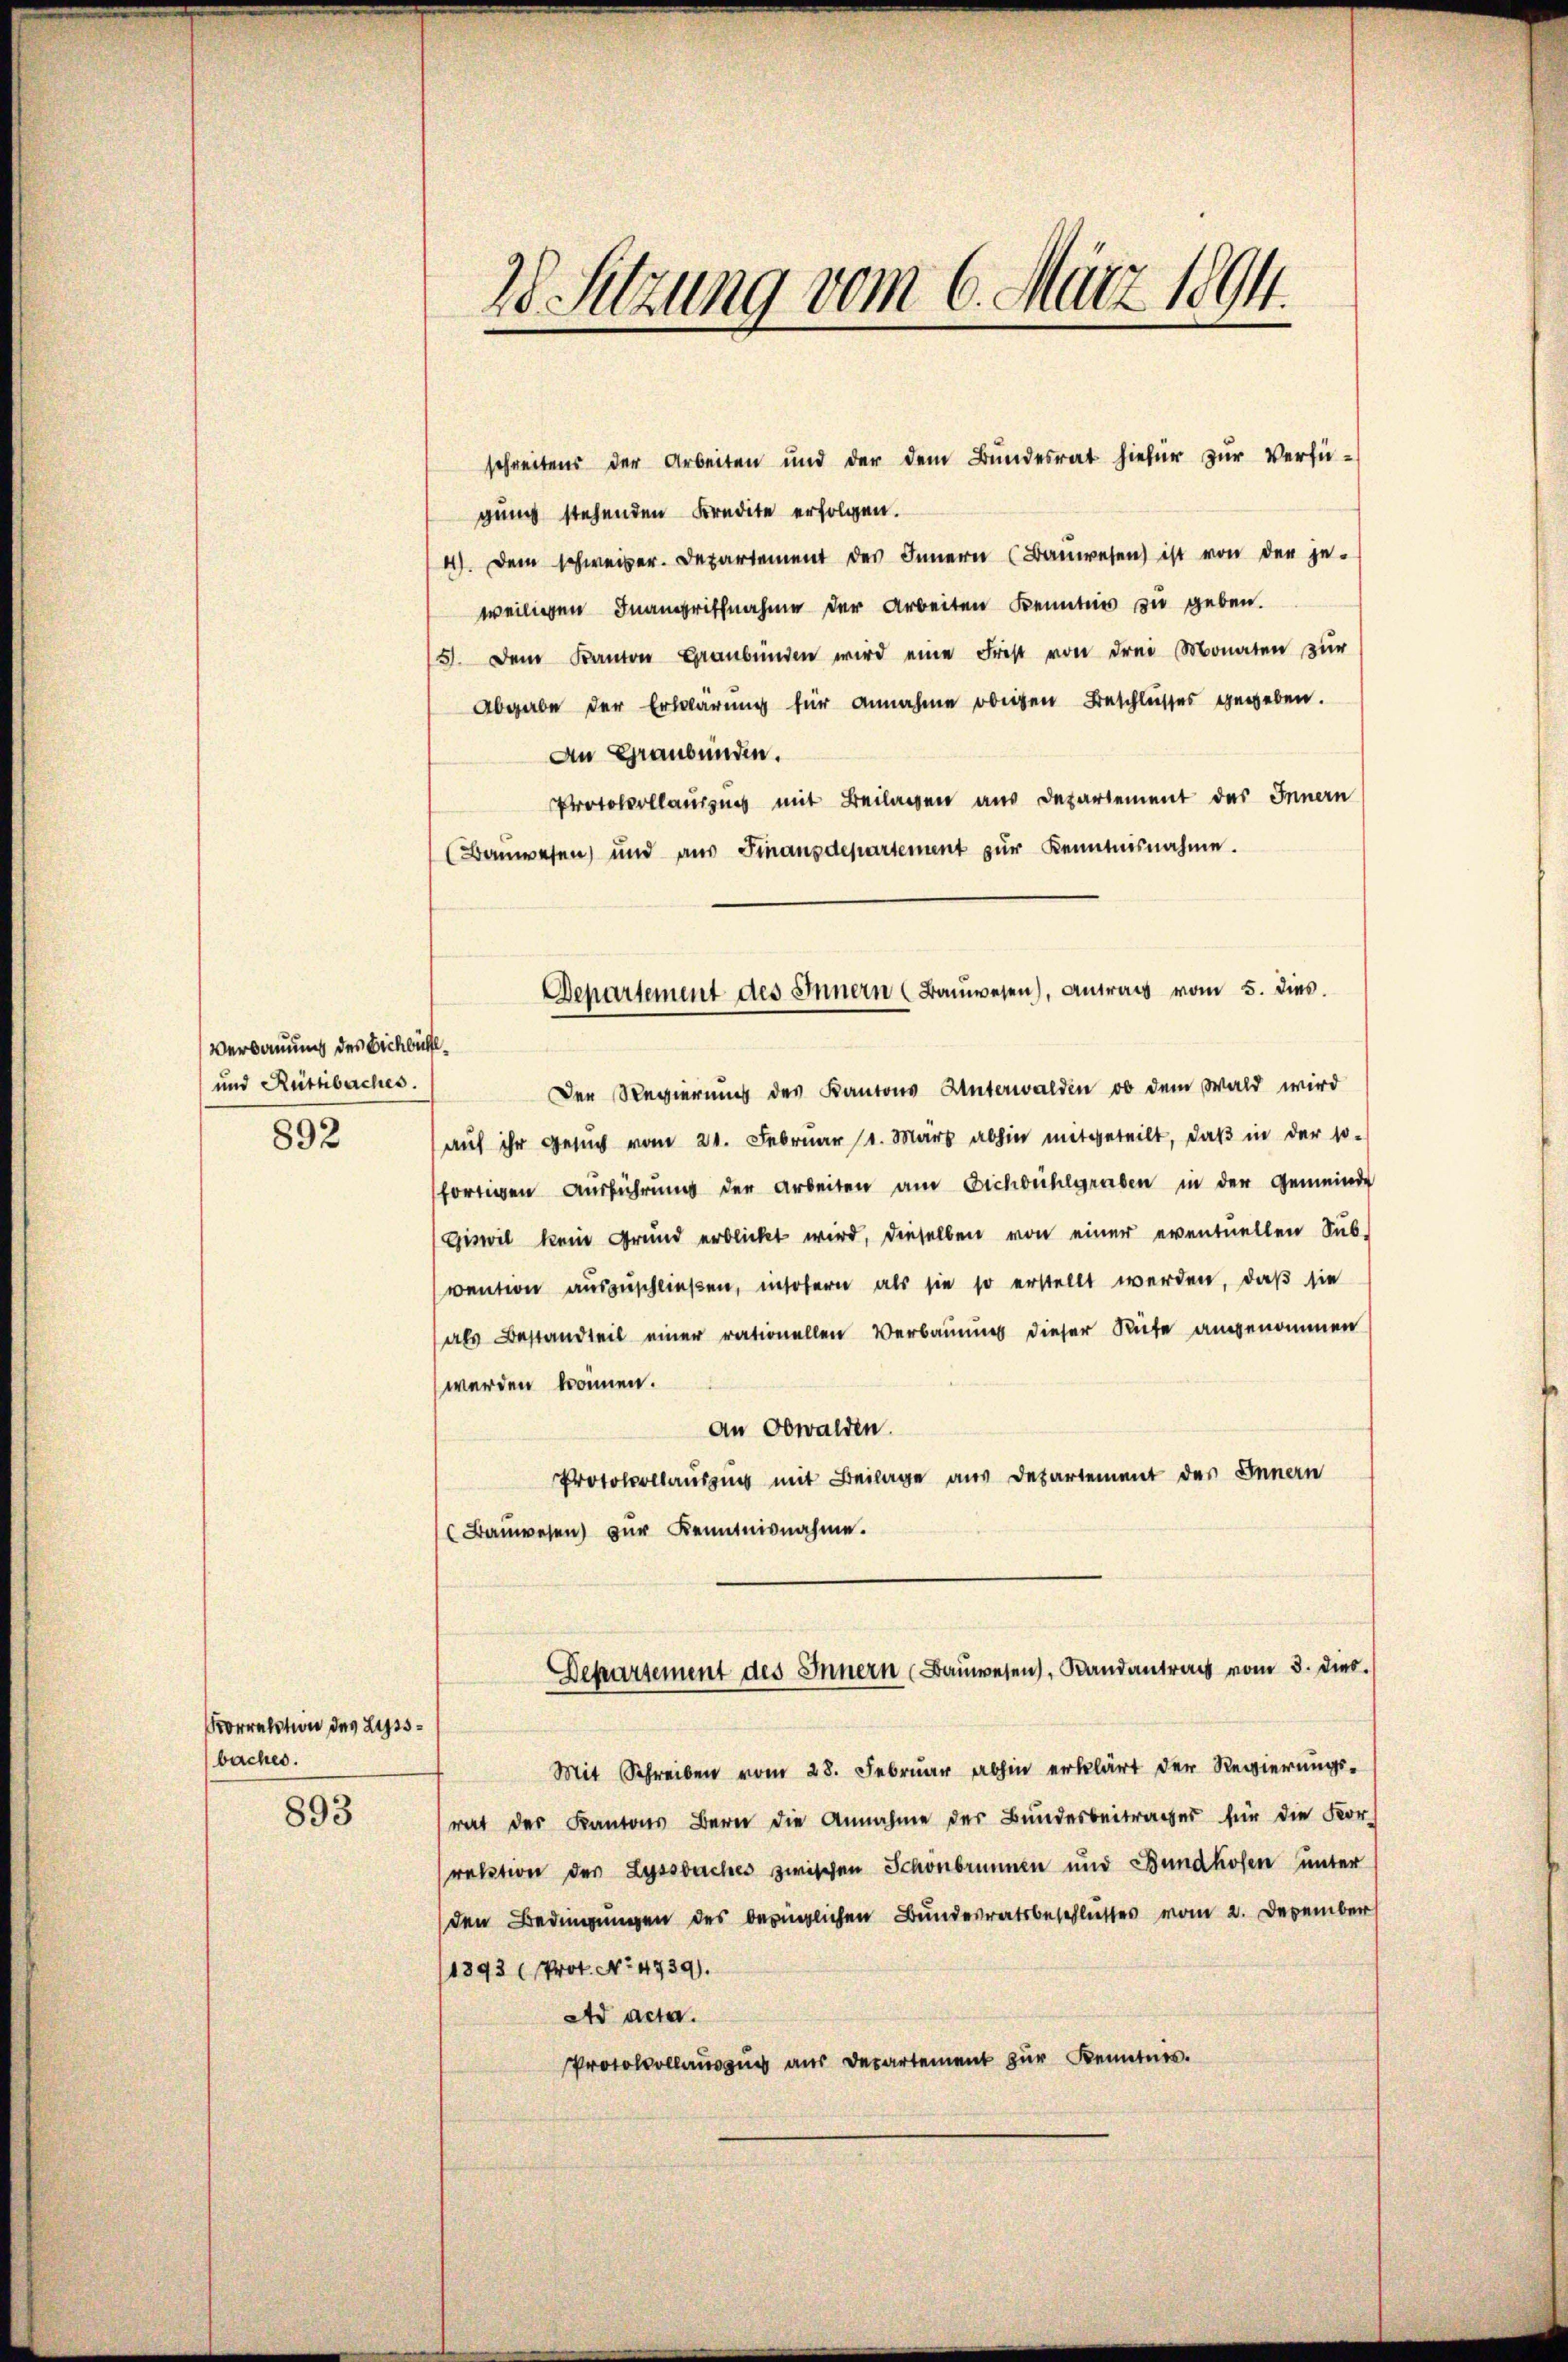
Verbauung des Bichbühl
und Rüttbaches.
892

Korrektion des Lessbaches.
893

28 Sitzung vom 6. März 1894.

schreitens der Arbeiten und der dem Bundesrat hiefür zur Verfügung stehenden Kredite erfolgen.
4). Dem schweizer. Departement des Innern (Bauwesen ist von der je-
weiligen Inangriffnahme der Arbeiten Kenntnis zu geben.
51. Dem Kanton Graubünden wird eine Frist von drei Monaten zur
Abgabe der Erklärung für annahme obrigen Beschlusses gegeben.
An Graubünden.
Protokollausung mit Beilagen aus Departement des Innern
Bauwesen und aus Finanzdepartement zur Kenntnisnahme.
Der Regierung des Kantons Unterwalden ob dem Wald wird
aŭf ihr Gesŭch vom 21. Febrŭar 1. März abhin mitgeteilt, daβ in der so-
fortigen Ausführung der Arbeiten am Dichbühlgraben in der Gemeinde
Giswil kein Grund erblickt wird, dieselben von einer eventuellen Sub-
vention auszuschließen, insofern als sie so erstellt werden, daß sie
als Bestandteil einer rationellen Verbaumes dieser Rufe angenommen
werden können.
an Obwalden.
Protokollauszug mit Beilage aus Departement des Innern
Bauwesen zur Kenntnisnahme.
Departement des Innern (Bauwesen, Randantrag vom 3. dies
Mit Schreiben vom 28. Februar abhin erklärt der Regierungsrat der Kantons Bern die Annahme der Bundesbeitrages für die For-
relation der Lyssbuches zwischen Schönbrunnen und Bundhofen unter
den Bedingungen des bedinglichen Bundesratsbeschlusses vom 2. Dezember
1893 (Prot. No. 4739).
Ad acta.
Protokollauszug aus Departement zur Kenntnis.

Departement des Innern (Baŭwesen), Antrag vom 5. dies